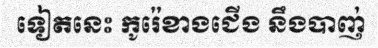
ទៀតនេះ កូរ៉េខាងជើង នឹងបាញ់